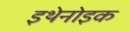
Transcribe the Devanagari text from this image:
इथेनोइक